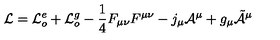
{ \cal L } = { \cal L } _ { o } ^ { e } + { \cal L } _ { o } ^ { g } - \frac { 1 } { 4 } F _ { \mu \nu } F ^ { \mu \nu } - j _ { \mu } { \cal A } ^ { \mu } + g _ { \mu } \tilde { { \cal A } } ^ { \mu }